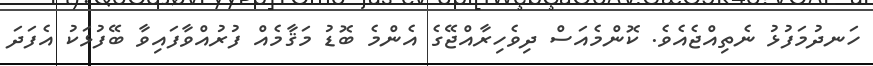
ހަނދުމަފުޅު ނެތިއްޖެއެވެ. ކޮންމެއަސް ދިވެހިރާއްޖޭގެ އެންމެ ބޮޑު މަޤާމެއް ފުރުއްވާފައިވާ ބޭފުޅަކު އެފަދަ